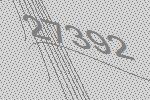
27392